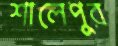
শালেপুর